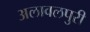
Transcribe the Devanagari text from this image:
अलावलपुरी